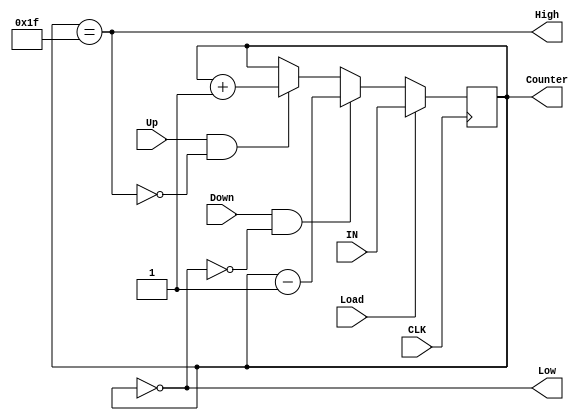
module counter (
    input wire Load, Up, Down, CLK,
    input wire [4:0] IN,
    output wire High, Low,
    output reg [4:0] Counter
);
    
    reg [4:0] mux_out = 5'b00000;

    always @(*) begin
        if (Load == 1'b1) begin
            mux_out = IN;
        end else if (Down == 1'b1 && !Low) begin
            mux_out = Counter - 1'b1;
        end else if (Up == 1'b1 && !High) begin
            mux_out = Counter + 1'b1;
        end else begin
            mux_out = Counter;
        end
    end

    always @(posedge CLK) begin
        Counter = mux_out;
    end

    assign High = (Counter == 5'b11111);
    assign Low = (Counter == 5'b00000);

endmodule